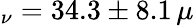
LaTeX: _{\nu}=34.3\pm 8.1\, \mu